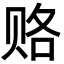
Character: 赂